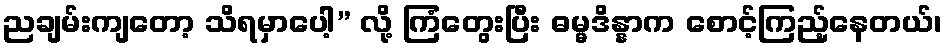
ညချမ်းကျတော့ သိရမှာပေါ့” လို့ ကြံတွေးပြီး ဓမ္မဒိန္နာက စောင့်ကြည့်နေတယ်၊